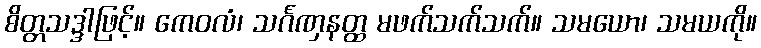
စိတ္တသဒ္ဒါဖြင့်။ ကေဝလံ၊ သင်္ဂဏှနတ္ထ မဖက်သက်သက်။ သမယော၊ သမယကို။